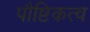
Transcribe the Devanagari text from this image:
पौष्टिकत्व